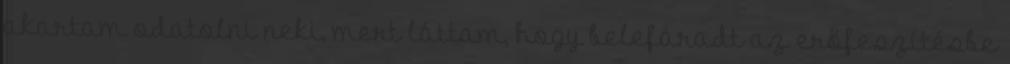
akartam odatolni neki, mert láttam, hogy belefáradt az erőfeszítésbe